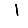
Digit: 1